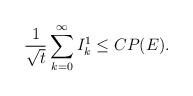
LaTeX: \begin{align*} \frac{1}{\sqrt{t}}\sum_{k=0}^\infty I_k^1\le C P(E).\end{align*}